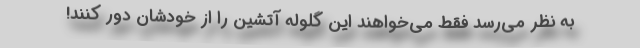
به نظر می‌رسد فقط می‌خواهند این گلوله آتشین را از خودشان دور کنند!